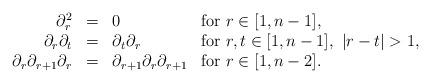
LaTeX: \begin{align*}\begin{array}{rcll}\partial_r^2&=&0& \mbox{\rm for } r\in [1,n-1],\\\partial_r\partial_t&=&\partial_t\partial_r& \mbox{\rm for } r,t\in [1,n-1],~|r-t|>1,\\\partial_r\partial_{r+1}\partial_r&=&\partial_{r+1}\partial_r\partial_{r+1} &\mbox{\rm for } r\in [1,n-2].\\\end{array}\end{align*}